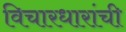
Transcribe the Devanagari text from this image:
विचारधारांची